Document type: Sale
Year: 1305
Scribe: Bernat de Vilarúbia
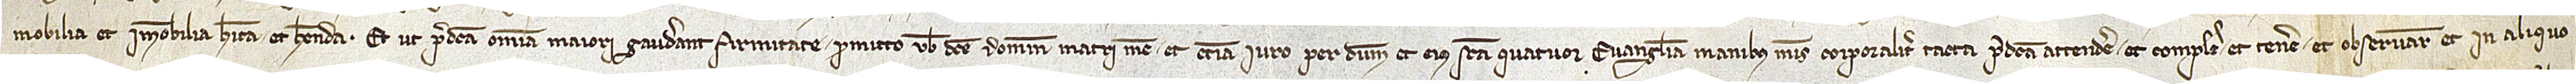
mobilia et immobilia, habita et habenda. Et ut predicta omnia maiori gaudeant firmitate promitto vobis dicte domine matri mee et etiam iuro per Deum et eius sancta quatuo Evangelia, manibus meis corporaliter tacta, predicta attendere et complere, et tenere et observare, et in aliquo